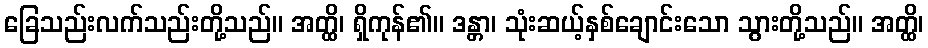
ခြေသည်းလက်သည်းတို့သည်။ အတ္ထိ၊ ရှိကုန်၏။ ဒန္တာ၊ သုံးဆယ့်နှစ်ချောင်းသော သွားတို့သည်။ အတ္ထိ၊